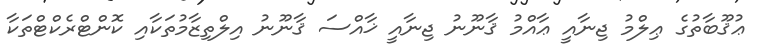
ޢުޤޫބާތުގެ ޢިލްމު ޖިނާއީ ޢާއްމު ޤާނޫނު ޖިނާއީ ޚާއްސަ ޤާނޫނު އިލްތިޒާމުތަކާއި ކޮންޓްރެކްޓްތަކާ